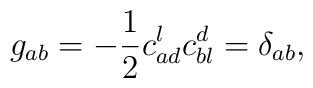
g_{ab}=-\frac{1}{2}c^{l}_{ad}c^{d}_{bl}=\delta_{ab},